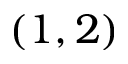
( 1 , 2 )